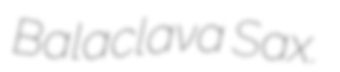
Balaclava Sax.